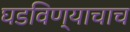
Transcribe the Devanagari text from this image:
घडविण्याचाच